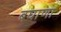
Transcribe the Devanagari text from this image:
बघाणा